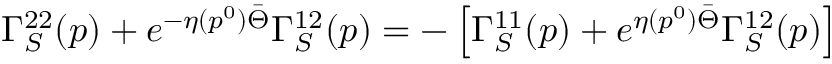
\Gamma _ { S } ^ { 2 2 } ( p ) + e ^ { - \eta ( p ^ { 0 } ) \bar { \Theta } } \Gamma _ { S } ^ { 1 2 } ( p ) = - \left[ \Gamma _ { S } ^ { 1 1 } ( p ) + e ^ { \eta ( p ^ { 0 } ) \bar { \Theta } } \Gamma _ { S } ^ { 1 2 } ( p ) \right]